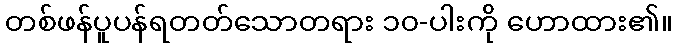
တစ်ဖန်ပူပန်ရတတ်သောတရား ၁၀-ပါးကို ဟောထား၏။